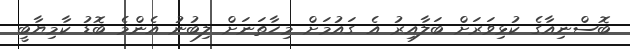
ބޮސްނިއާގެ ކުޅިވަރަށް ބަލާއިރު އެ ގައުމަށް މިހާތަނަށް ލިބުނު އެންމެ ބޮޑު ކާމިޔާބީ